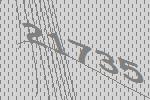
21735